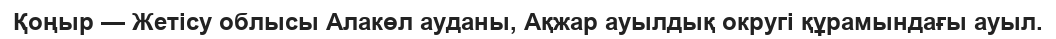
Қоңыр — Жетісу облысы Алакөл ауданы, Ақжар ауылдық округі құрамындағы ауыл.